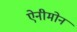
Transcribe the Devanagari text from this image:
ऐनीमोन